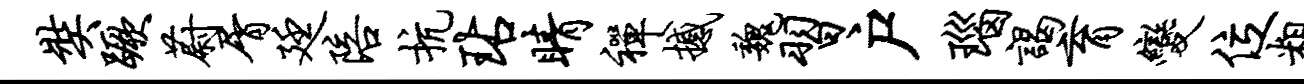
奘蹶蔚屑廷陪抗玷睛禅撼魏习户瑙谒育变位粗